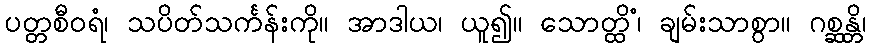
ပတ္တစီဝရံ၊ သပိတ်သင်္ကန်းကို။ အာဒါယ၊ ယူ၍။ သောတ္ထိံ၊ ချမ်းသာစွာ။ ဂစ္ဆန္တိ၊